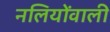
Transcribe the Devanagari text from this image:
नलियोंवाली